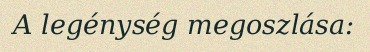
A legénység megoszlása: